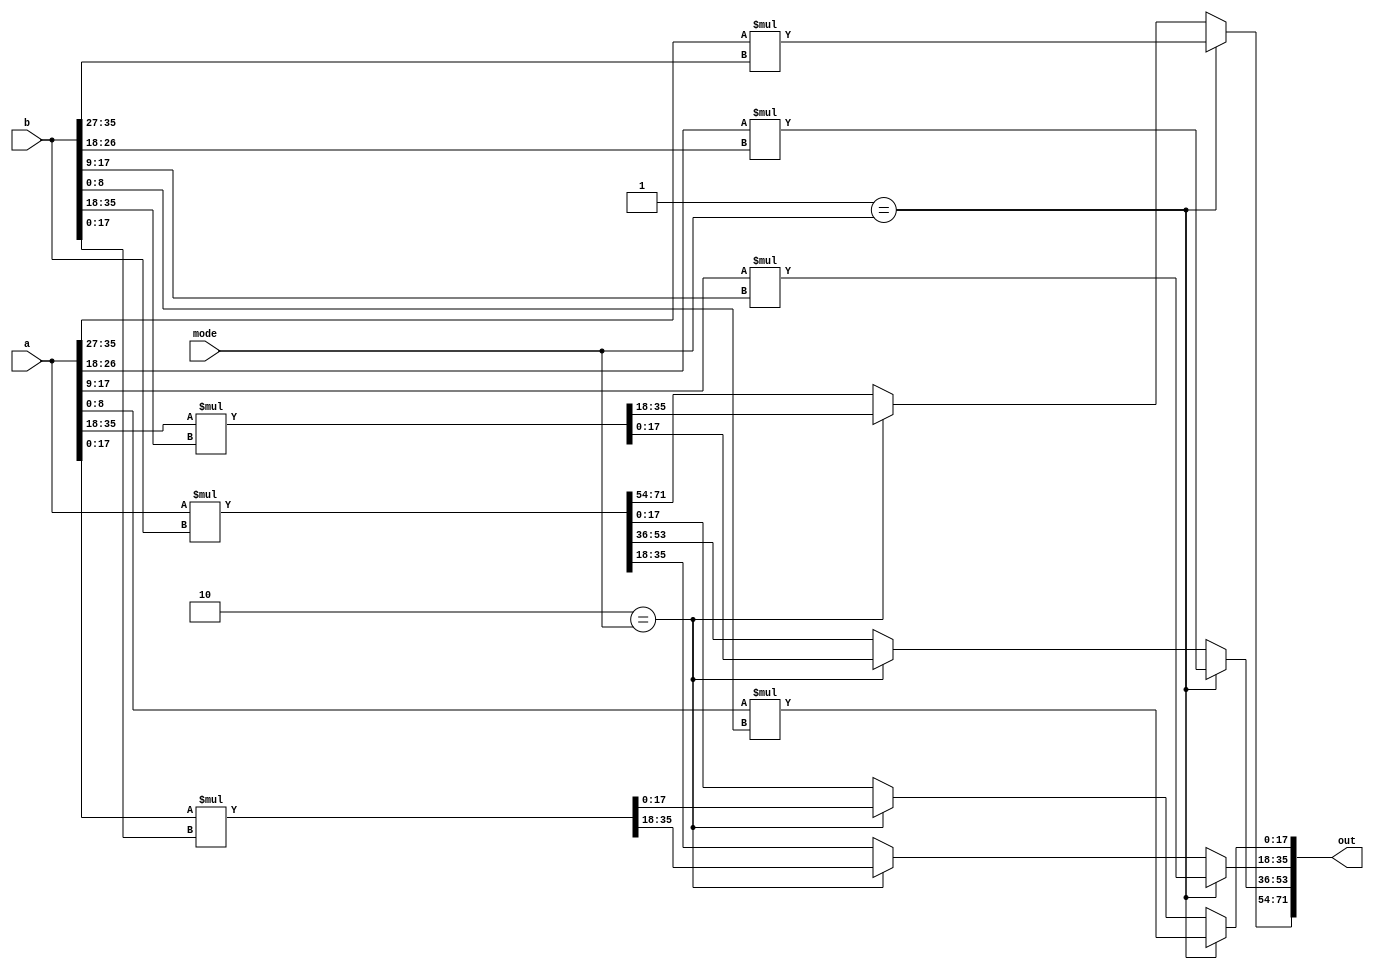
//-----------------------------------------------------
// Design Name : mult_36x36
// Function    : A 36-bit multiplier which can operate in fracturable modes:
//               1. four 9-bit multipliers
//               2. two 18-bit multipliers
//               3. one 36-bit multipliers
// Coder       : Xifan Tang
//-----------------------------------------------------

module mult_36x36 (
	input [0:35] a,
	input [0:35] b,
	output [0:71] out,
    input [0:1] mode);

    reg [0:71] out_reg;

    always @(mode, a, b) begin 
       if (2'b01 == mode) begin
         out_reg[0:17] <= a[0:8] * b[0:8];
         out_reg[18:35] <= a[9:17] * b[9:17];
         out_reg[36:53] <= a[18:26] * b[18:26];
         out_reg[54:71] <= a[27:35] * b[27:35];
       end else if (2'b10 == mode) begin
         out_reg[0:35] <= a[0:17] * b[0:17];
         out_reg[36:71] <= a[18:35] * b[18:35];
       end else begin
         out_reg <= a * b;
       end
    end

    assign out = out_reg;

endmodule